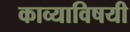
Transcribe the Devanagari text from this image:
काव्याविषयी